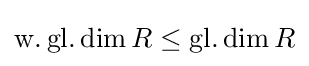
\operatorname {w.gl.dim} R\leq \operatorname {gl.dim} R